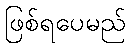
ဖြစ်ရပေမည်